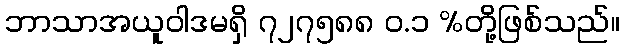
ဘာသာအယူဝါဒမရှိ ၇၂၇၅၈၈ ဝ.၁ %တို့ဖြစ်သည်။